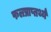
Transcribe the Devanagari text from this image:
फलप्राप्तर्थ्य